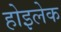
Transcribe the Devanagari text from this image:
होइलेक